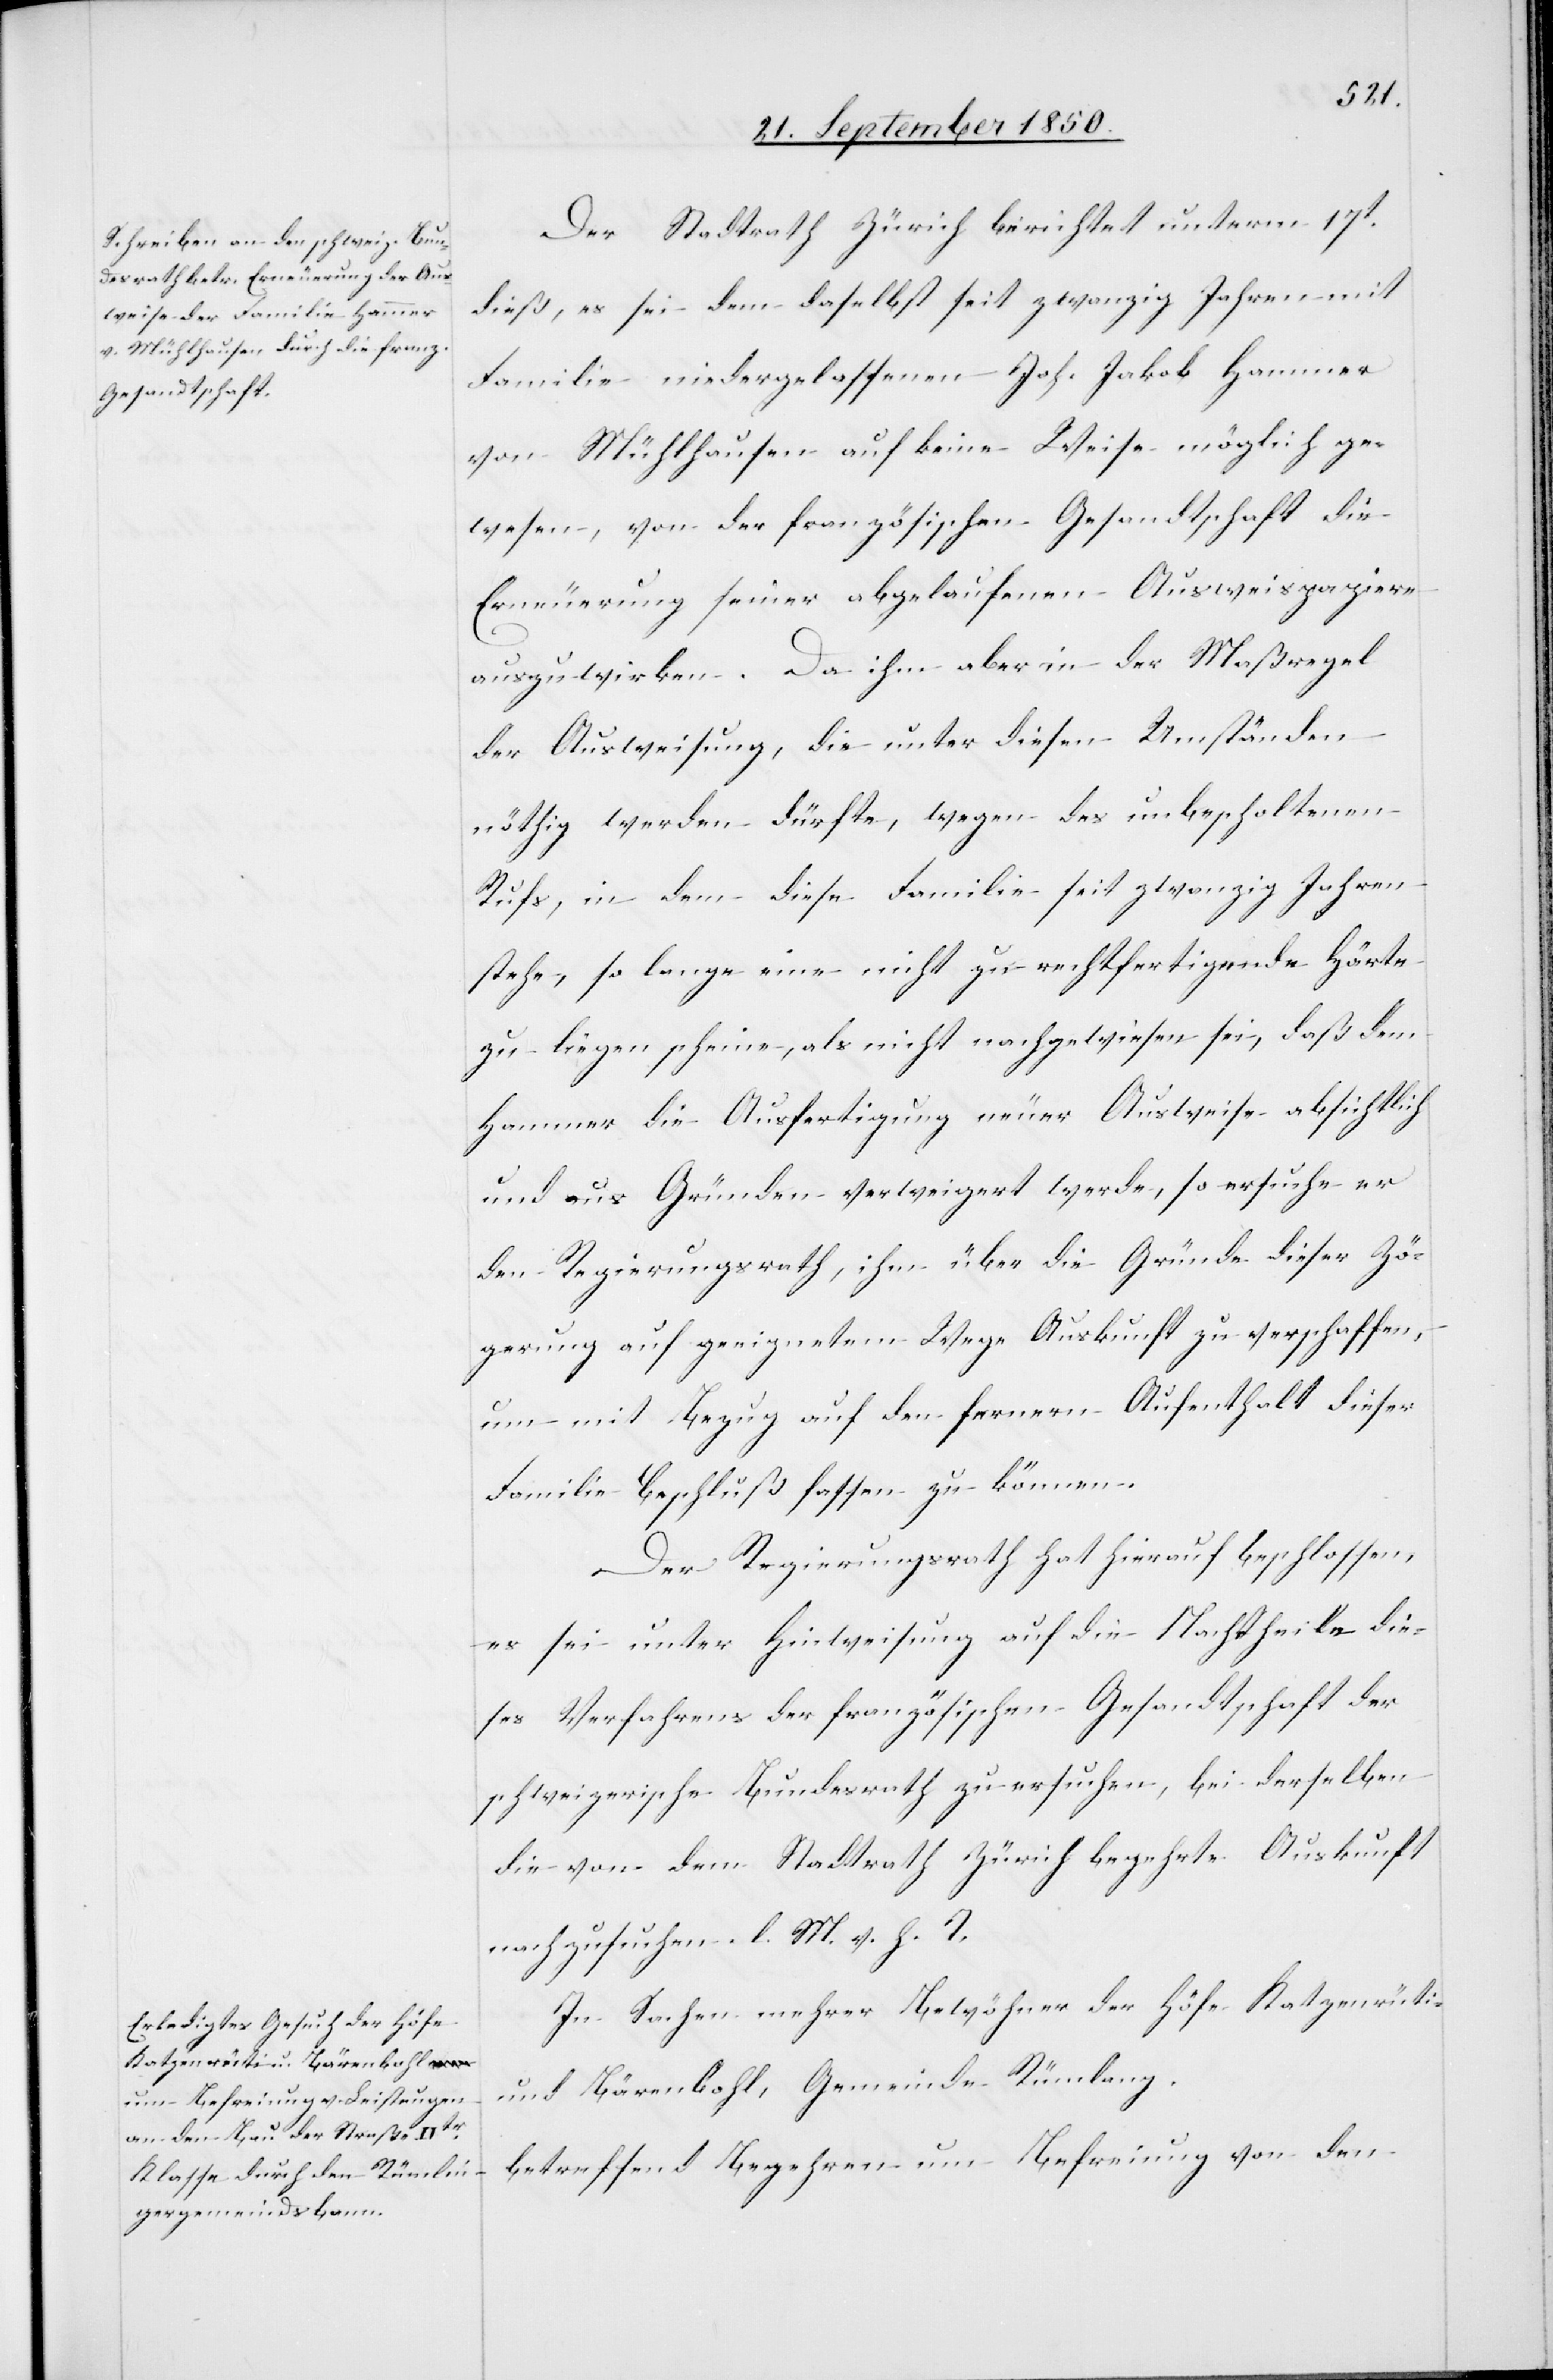
Der Stadtrath Zürich berichtet unterm 17t
dieß, es sei dem daselbst seit zwanzig Jahren mit
Familie niedergelassenen Joh. Jakob Hammer
von Mühlhausen auf keine Weise möglich ge¬
wesen, von der französischen Gesandtschaft die
Erneuerung seiner abgelaufenen Ausweispapiere
auszuwirken. Da ihm aber in der Maßregel
der Ausweisung, die unter diesen Umständen
nöhtig werden dürfte, wegen des unbescholtenen
Rufs, in dem diese Familie seit zwanzig Jahren
stehe, so lange eine nicht zu rechtfertigende Härte
zu liegen scheine, als nicht nachgewiesen sei, daß dem
Hammer die Ausfertigung neuer Ausweise absichtlich
und aus Gründen verweigert werde, so ersuche er
den Regierungsrath, ihm über die Gründe dieser Zö¬
gerung auf geeignetem Wege Auskunft zu verschaffen,
um mit Bezug auf den fernern Aufenthalt dieser
Familie Beschluß fassen zu können.
Der Regierungsrath hat hierauf beschlossen,
es sei unter Hinweisung auf die Nachtheile die¬
ses Verfahrens der französischen Gesandtschaft der
schweizerische Bundesrath zu ersuchen, bei derselben
die von dem Stadtrath Zürich begehrte Auskunft
nachzusuchen. l. M. v. h. T.
In Sachen mehrer [sic!] Bewohner der Höfe Katzenrüti
und Bärenbohl, Gemeinde Rümlang
betreffend Begehren um Befreiung von den